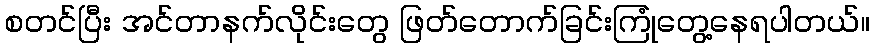
စတင်ပြီး အင်တာနက်လိုင်းတွေ ဖြတ်တောက်ခြင်းကြုံတွေ့နေရပါတယ်။